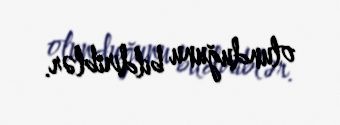
olunduğunu bildiriblər.